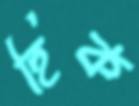
হিক